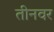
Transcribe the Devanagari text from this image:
तीनवर